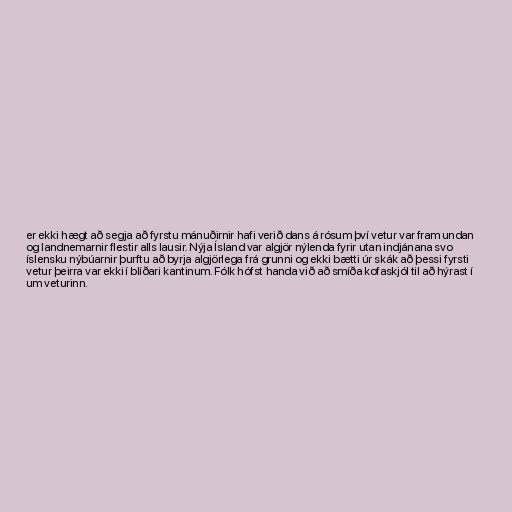
er ekki hægt að segja að fyrstu mánuðirnir hafi verið dans á rósum því vetur var fram undan
og landnemarnir flestir alls lausir. Nýja Ísland var algjör nýlenda fyrir utan indjánana svo
íslensku nýbúarnir þurftu að byrja algjörlega frá grunni og ekki bætti úr skák að þessi fyrsti
vetur þeirra var ekki í blíðari kantinum. Fólk hófst handa við að smíða kofaskjól til að hýrast í
um veturinn.